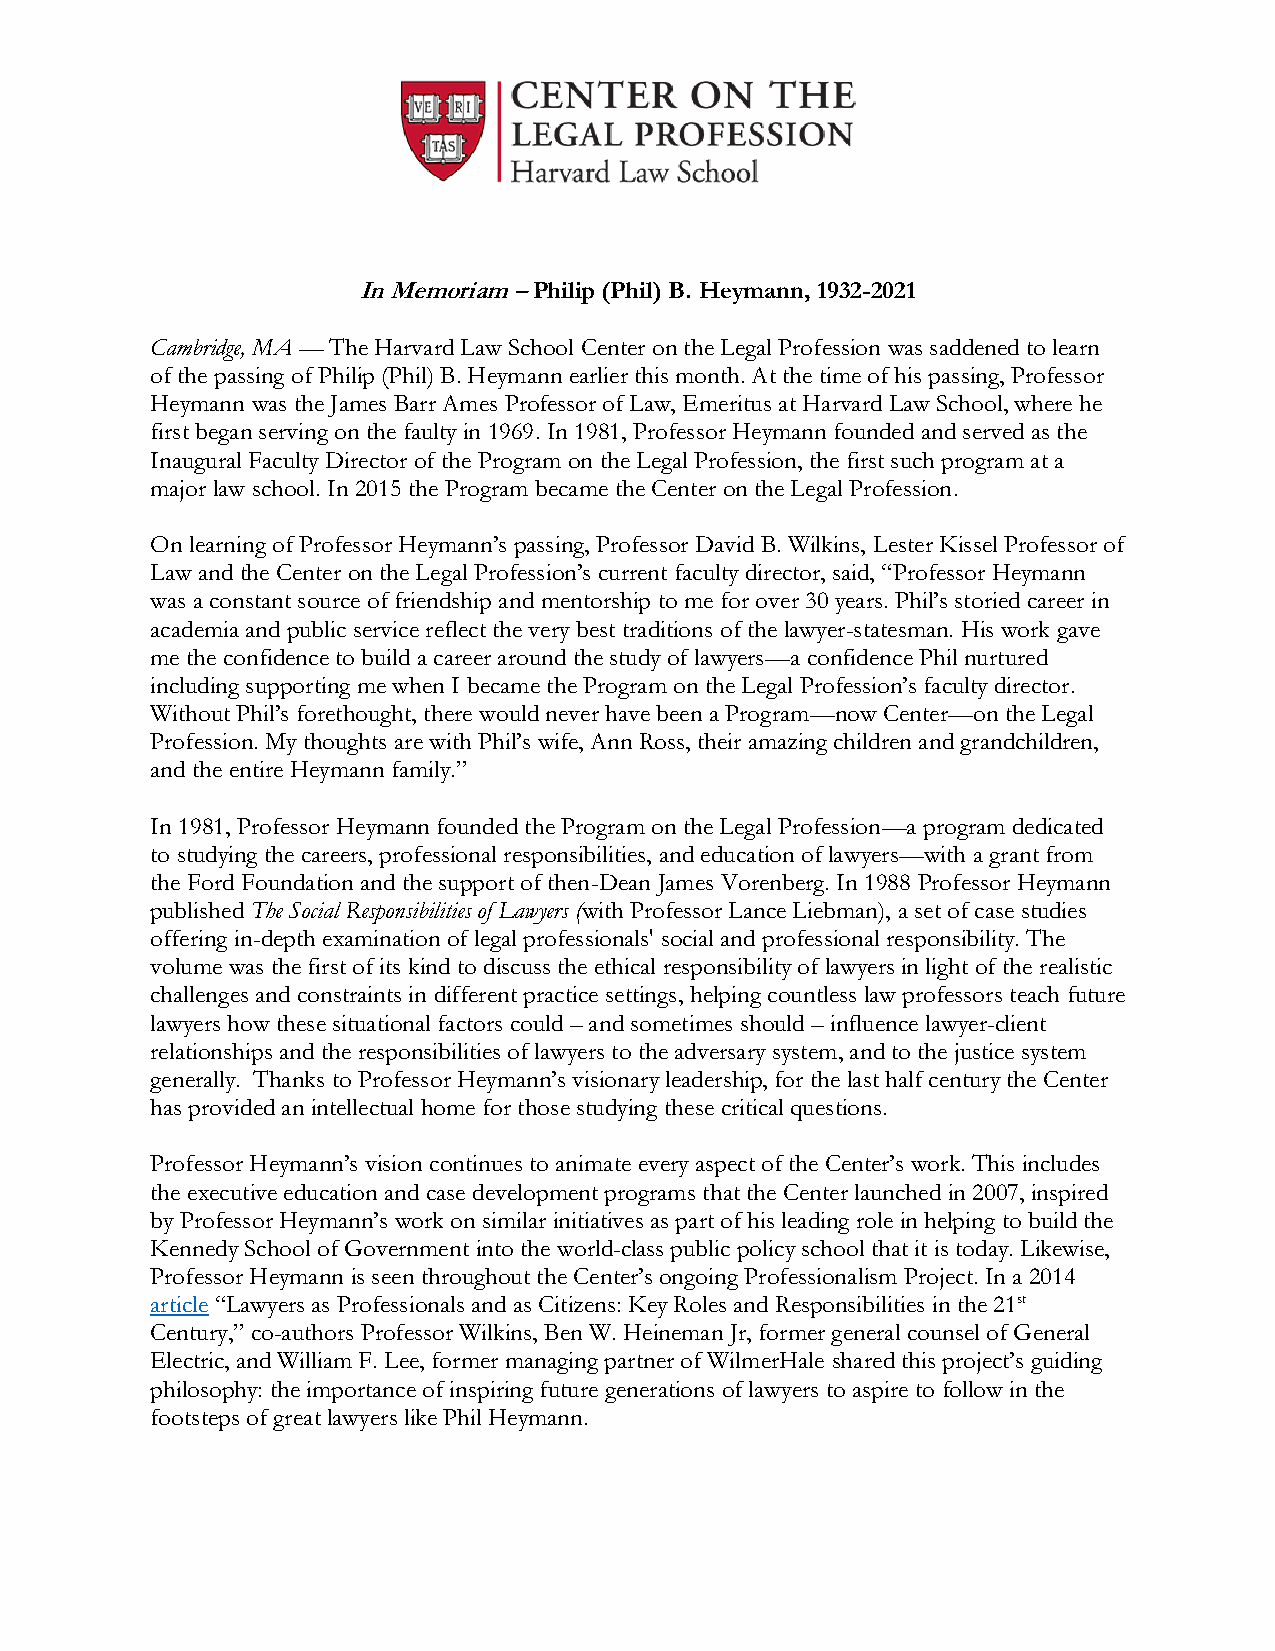
In Memoriam – Philip (Phil) B. Heymann, 1932-2021
 Cambridge, MA — The Harvard Law School Center on the Legal Profession was saddened to learn
 of the passing of Philip (Phil) B. Heymann earlier this month. At the time of his passing, Professor
 Heymann was the James Barr Ames Professor of Law, Emeritus at Harvard Law School, where he
 first began serving on the faulty in 1969. In 1981, Professor Heymann founded and served as the
 Inaugural Faculty Director of the Program on the Legal Profession, the first such program at a
 major law school. In 2015 the Program became the Center on the Legal Profession.
 On learning of Professor Heymann’s passing, Professor David B. Wilkins, Lester Kissel Professor of
 Law and the Center on the Legal Profession’s current faculty director, said, “Professor Heymann
 was a constant source of friendship and mentorship to me for over 30 years. Phil’s storied career in
 academia and public service reflect the very best traditions of the lawyer-statesman. His work gave
 me the confidence to build a career around the study of lawyers—a confidence Phil nurtured
 including supporting me when I became the Program on the Legal Profession’s faculty director.
 Without Phil’s forethought, there would never have been a Program—now Center—on the Legal
 Profession. My thoughts are with Phil’s wife, Ann Ross, their amazing children and grandchildren,
 and the entire Heymann family.”
 In 1981, Professor Heymann founded the Program on the Legal Profession—a program dedicated
 to studying the careers, professional responsibilities, and education of lawyers—with a grant from
 the Ford Foundation and the support of then-Dean James Vorenberg. In 1988 Professor Heymann
 published The Social Responsibilities of Lawyers (with Professor Lance Liebman), a set of case studies
 offering in-depth examination of legal professionals' social and professional responsibility. The
 volume was the first of its kind to discuss the ethical responsibility of lawyers in light of the realistic
 challenges and constraints in different practice settings, helping countless law professors teach future
 lawyers how these situational factors could – and sometimes should – influence lawyer-client
 relationships and the responsibilities of lawyers to the adversary system, and to the justice system
 generally. Thanks to Professor Heymann’s visionary leadership, for the last half century the Center
 has provided an intellectual home for those studying these critical questions.
 Professor Heymann’s vision continues to animate every aspect of the Center’s work. This includes
 the executive education and case development programs that the Center launched in 2007, inspired
 by Professor Heymann’s work on similar initiatives as part of his leading role in helping to build the
 Kennedy School of Government into the world-class public policy school that it is today. Likewise,
 Professor Heymann is seen throughout the Center’s ongoing Professionalism Project. In a 2014
 article “Lawyers as Professionals and as Citizens: Key Roles and Responsibilities in the 21st
 Century,” co-authors Professor Wilkins, Ben W. Heineman Jr, former general counsel of General
 Electric, and William F. Lee, former managing partner of WilmerHale shared this project’s guiding
 philosophy: the importance of inspiring future generations of lawyers to aspire to follow in the
 footsteps of great lawyers like Phil Heymann.